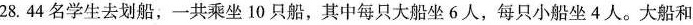
28.4名学生去划船，一共乘坐10只船，其中每只大船坐6人，每只小船坐4人。大船和